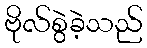
ဗိုလ်စွဲခဲ့သည်